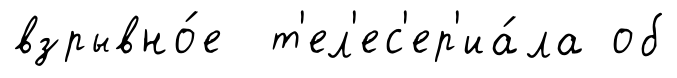
взрывно́е т'ел'ес'ер'иа́ла об